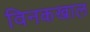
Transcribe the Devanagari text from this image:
विनकखाल